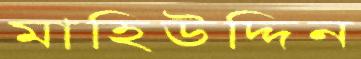
মাহিউদ্দিন